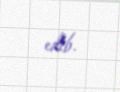
edib.